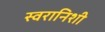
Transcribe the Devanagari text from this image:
स्वरानिशी